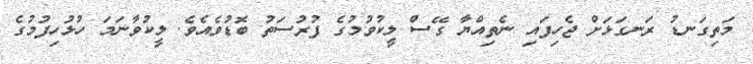
މަތިގަނޑު ރަނގަޅަށް ޖެހިފައި ނެތިއްޔާ ގޭސް ލީކުވުމުގެ ފުރުސަތު ބޮޑުވެއެވެ. ލީކުވާނަމަ ހުޅުހިފުމުގެ